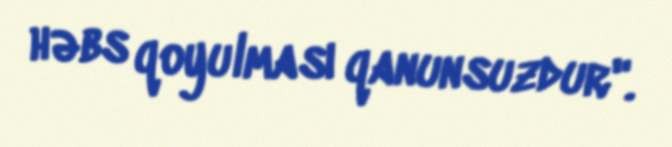
həbs qoyulması qanunsuzdur".